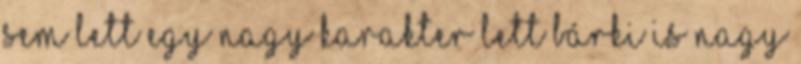
sem lett egy nagy karakter Lett bárki is nagy